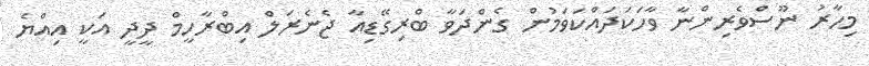
މިހާރު ނޫސްވެރިންނާ ވާހަކަދައްކަވަމުން ގެންދަވާ ބްރިގޭޑިއާ ޖެނެރަލް އިބްރާހީމް ދީދީ އަކީ އިއްޔެ